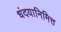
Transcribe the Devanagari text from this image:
धंदयानिमित्त्‍ा